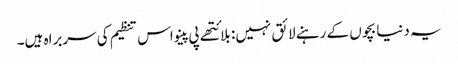
یہ دنیا بچوں کے رہنے لائق نہیں: بلائتھے پی پینو اس تنظیم کی سربراہ ہیں۔